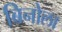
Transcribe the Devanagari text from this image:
बिनोला